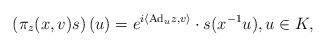
LaTeX: \begin{align*}\left(\pi_z(x, v)s\right)(u) = e^{i\langle \mathrm{Ad}_uz, v\rangle } \cdot s(x^{-1}u), u \in K,\end{align*}